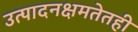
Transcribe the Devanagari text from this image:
उत्पादनक्षमतेतही